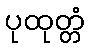
ပုထုတ္တံ